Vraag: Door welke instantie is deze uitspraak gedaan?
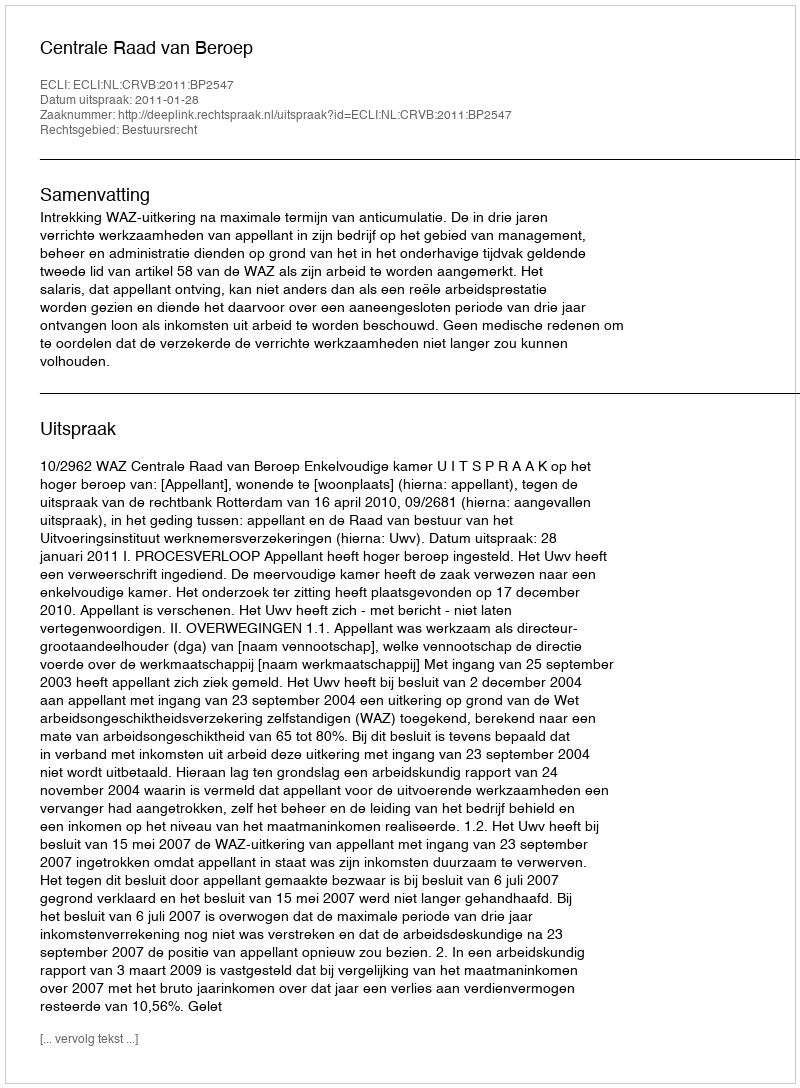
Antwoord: Centrale Raad van Beroep